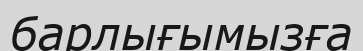
барлығымызға